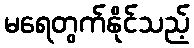
မရေတွက်နိုင်သည့်